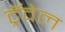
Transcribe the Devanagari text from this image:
ट्रॅवेल